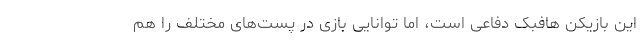
این بازیکن هافبک دفاعی است، اما توانایی بازی در پست‌های مختلف را هم